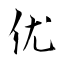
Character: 优